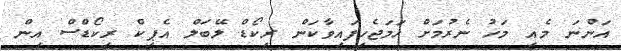
އަންނަ މެއި މަހު ނެރުމަށް ހަމަޖެހިފައިވާކަން ރިކޯޑް ލޭބަލް އެޕިކް ރިކޯޑްސް އިން